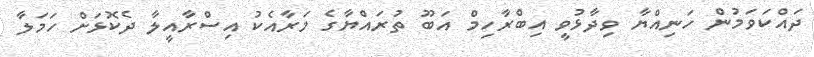
ދައްކަވަމުން ހަނިއްޔާ ވިދާޅުވީ އިބްރާހިމް އަބޫ ތުރައްޔާގެ މަރާއެކު އިސްރާއީލާ ދެކޮޅަށް ހަމަލާ